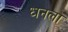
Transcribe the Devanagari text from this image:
ध्‍ानला